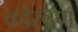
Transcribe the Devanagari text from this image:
वडेखण